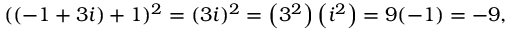
( ( - 1 + 3 i ) + 1 ) ^ { 2 } = ( 3 i ) ^ { 2 } = \left( 3 ^ { 2 } \right) \left( i ^ { 2 } \right) = 9 ( - 1 ) = - 9 ,